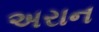
અરાન